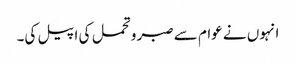
انہوں نے عوام سے صبر وتحمل کی اپیل کی۔